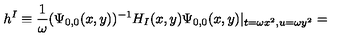
h ^ { I } \equiv \frac { 1 } { \omega } ( \Psi _ { 0 , 0 } ( x , y ) ) ^ { - 1 } H _ { I } ( x , y ) \Psi _ { 0 , 0 } ( x , y ) | _ { t = \omega x ^ { 2 } , u = \omega y ^ { 2 } } =